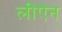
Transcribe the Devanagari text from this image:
लीऐन